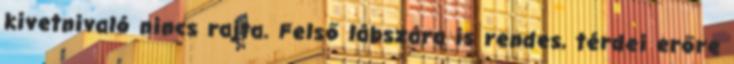
kivetnivaló nincs rajta. Felső lábszára is rendes, térdei erőre